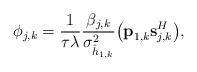
LaTeX: \begin{align*}\phi_{j,k} = \frac{1}{\tau \lambda} \frac{\beta_{j,k}}{\sigma_{\hat{h}_{1,k}}^2} \big(\textbf{p}_{1,k} \textbf{s}_{j,k}^H\big),\end{align*}